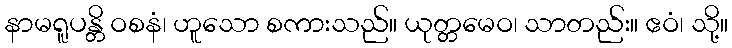
နာမရူပန္တိ ဝစနံ၊ ဟူသော စကားသည်။ ယုတ္တမေဝ၊ သာတည်း။ ဧဝံ၊ သို့။